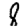
Digit: 8